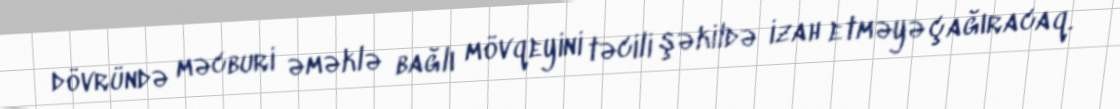
dövründə məcburi əməklə bağlı mövqeyini təcili şəkildə izah etməyə çağıracaq.